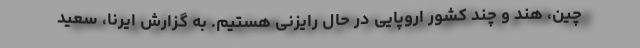
چین، هند و چند کشور اروپایی در حال رایزنی هستیم. به گزارش ایرنا، سعید